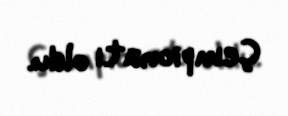
Çempionatı oldu.